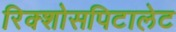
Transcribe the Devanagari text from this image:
रिक्शोसपिटालेट